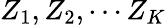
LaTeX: Z_{1},Z_{2},\cdots Z_{K}